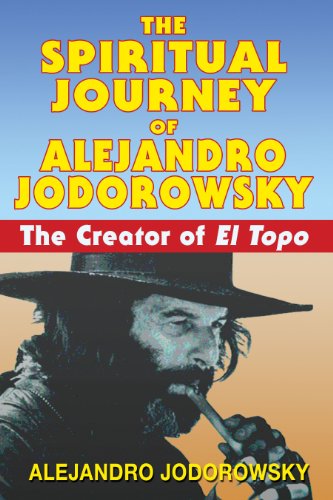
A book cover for The Spiritual Journey of Alejandro Jodorowsky: The Creator of <i>El Topo</i>; Alejandro Jodorowsky; Health, Fitness & Dieting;